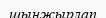
шынжырлап